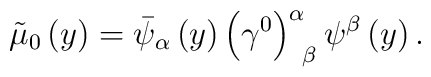
\tilde{\mu}_{0}\left( y\right) =\bar{\psi}_{\alpha }\left( y\right) \left(\gamma ^{0}\right) _{\;\;\beta }^{\alpha }\psi ^{\beta }\left( y\right) .